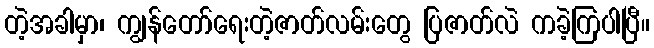
တဲ့အခါမှာ၊ ကျွန်တော်ရေးတဲ့ဇာတ်လမ်းတွေ ပြဇာတ်လဲ ကခဲ့ကြပါပြီ။